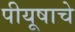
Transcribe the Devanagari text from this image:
पीयूषाचे